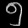
Digit: ၅